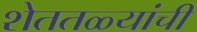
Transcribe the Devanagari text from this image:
शेततळ्यांची